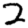
Digit: 2